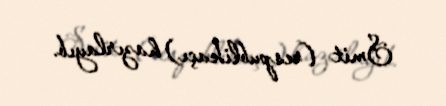
Smit (respublikaçı) hazırlayıb.